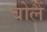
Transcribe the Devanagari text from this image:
बोलैं